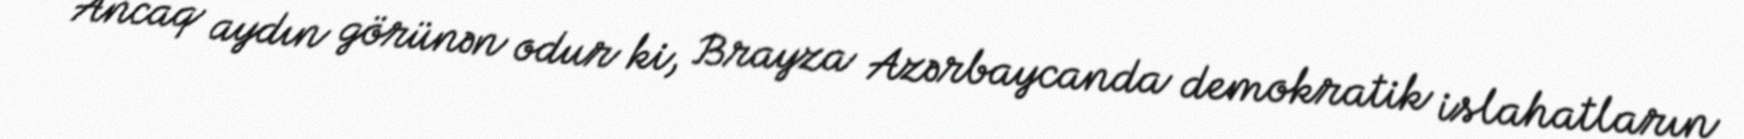
Ancaq aydın görünən odur ki, Brayza Azərbaycanda demokratik islahatların